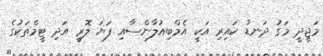
މަޖީދީ މަގު ދަނޑު ކައިރި އަކީ އެމްބިއުލާންސާއި ފަޔަ ލޮރީ އަދި ޓީމްތަކުގެ